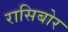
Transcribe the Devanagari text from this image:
रासिबोर